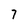
Character: 7